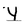
Character: Y